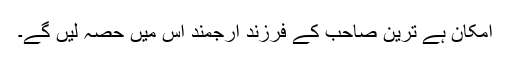
امکان ہے ترین صاحب کے فرزند ارجمند اس میں حصہ لیں گے۔